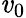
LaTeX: \mathit{v}_{0}